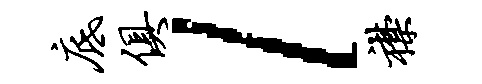
底俱l襟